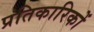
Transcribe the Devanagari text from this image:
प्रतिकारिकों